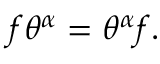
f \theta ^ { \alpha } = \theta ^ { \alpha } f .